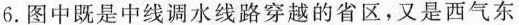
6.图中既是中线调水线路穿越的省区，又是西气东